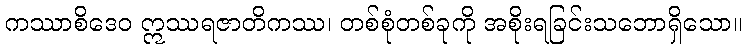
ကဿာစိဒေဝ ဣဿရဇာတိကဿ၊ တစ်စုံတစ်ခုကို အစိုးရခြင်းသဘောရှိသော။